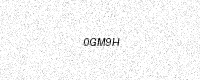
Text: 0GM9H